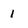
Character: 1